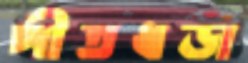
পীতধড়া